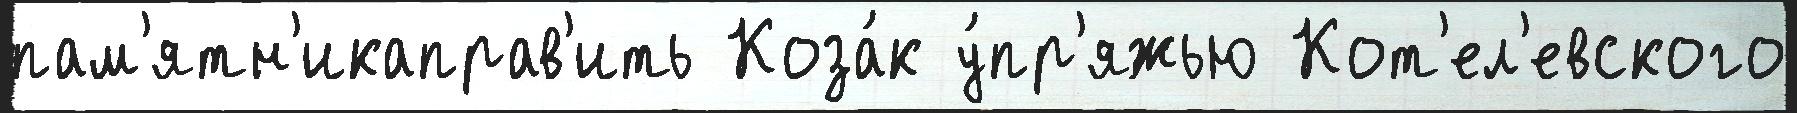
пам'ятн'икаправ'ить Коза́к у́пр'яжью Кот'ел'евского